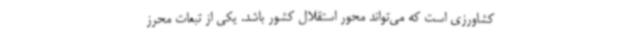
کشاورزی است که می‌تواند محور استقلال کشور باشد. یکی از تبعات محرز